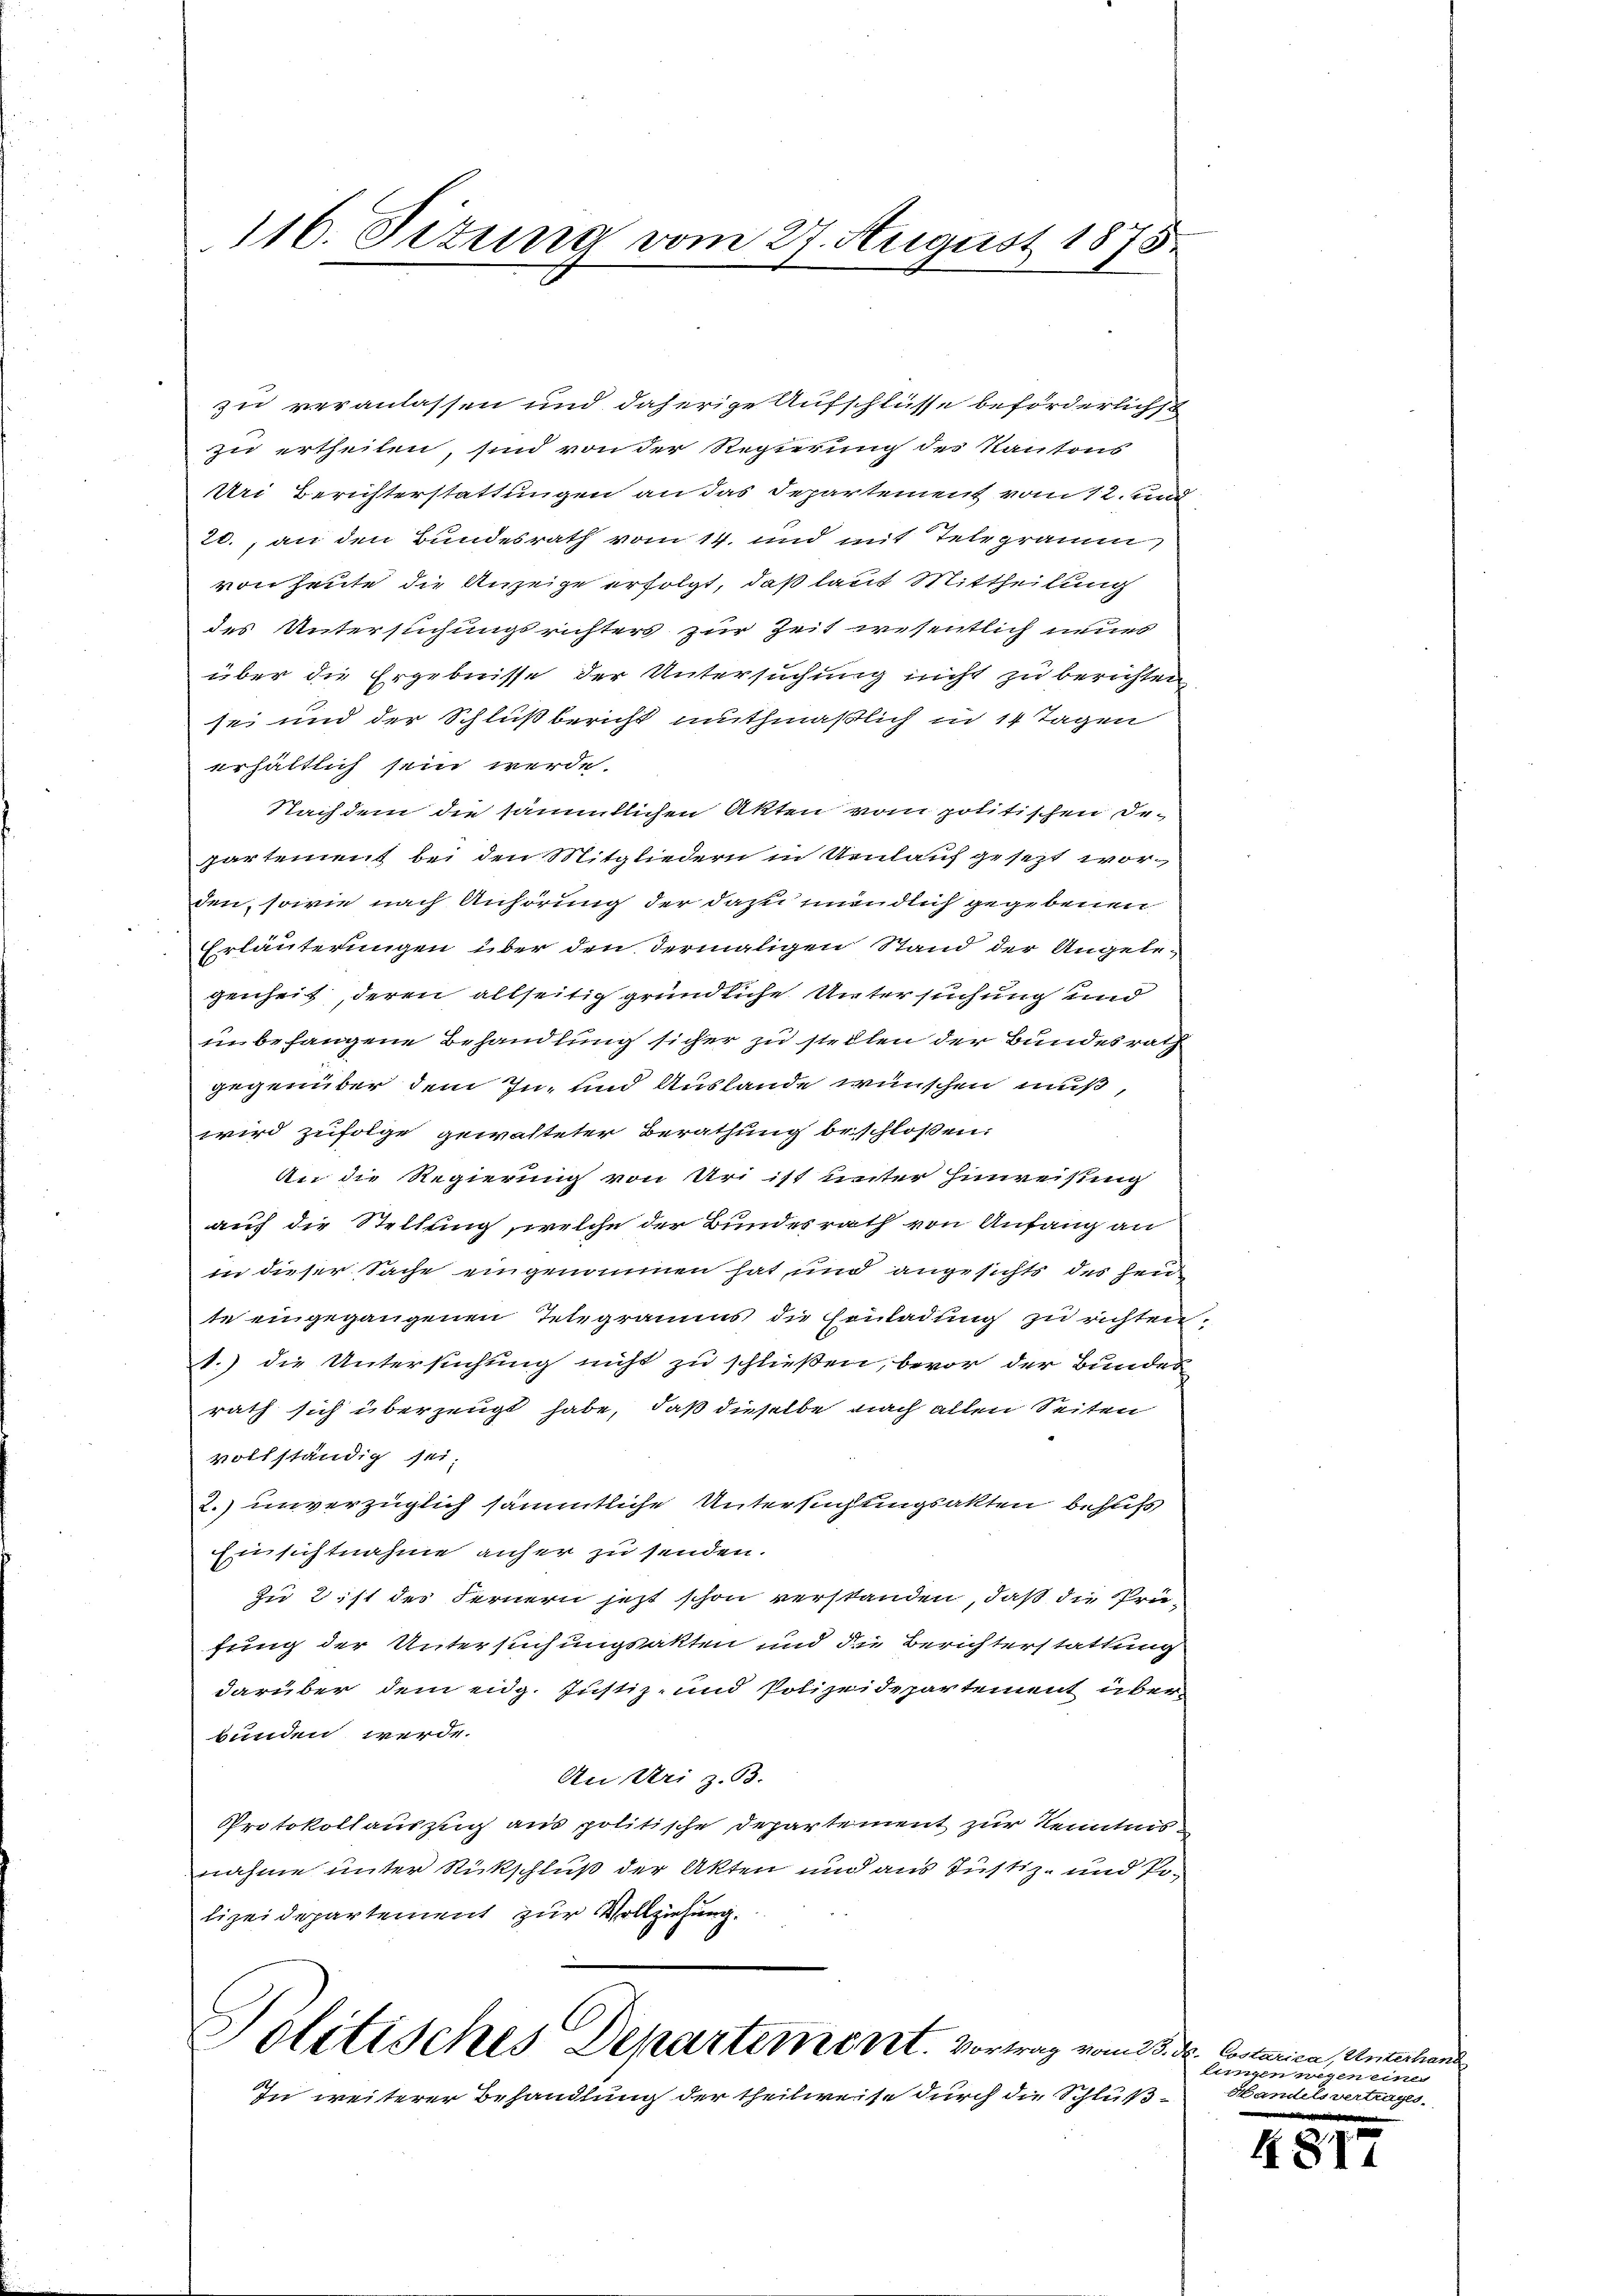
116. Situng vom 27. August 1875.

zu veranlassen und daherige Aufschlüsse beförderlichst
zu ertheilen, sind von der Regierung des Kantons
Uri Berichterstattungen an das Departement vom 12. und
20., an den Bundesrath vom 14. und mit Telegramm
von heute die Anzeige erfolgt, daß laut Mittheilung
des Untersuchungsrichters zur Zeit wesentlich neues
über die Ergebnisse der Untersuchung nicht zu berichten
sei und der Schlußbericht muthmaßlich in 14 Tagen
erhältlich sein werde.
Nachdem die sämmtlichen Akten vom politischen De-
partement bei den Mitgliedern in Ueulauf gesezt worden, sowie nach Anhörung der dazu unendlich gegebenen
Erläuterungen über den dermaligen Stand der Angele-
genheit, deren allseitig gründliche Untersuchung und
unbefangene Behandlung sicher zu stellen der Bundesrath
gegenüber dem In- und Auslande wünschen muß,
wird zufolge gewalteter Berathung beschloßen:
An die Regierung von Uri ist unter Hinweisung
auf die Stellung, welche der Bundesrath von Anfang an
in dieser Sache eingenommen hat, und angesichts des heite eingegangenen Telegramms die Einladung zu richten.
1.) die Untersuchung nicht zu schließen, bevor der Bunden
rath sich überzeugt habe, daß dieselbe nach allen Seiten
vollständig sei;
2. unverzüglich sämmtliche Untersuchtungsakten behufs
Einsichtnahme anher zu senden.
zu 2 ist des Fernern jetzt schon verstanden, daß die Prüfung der Untersuchungsakten und die Berichterstattung
darüber dem eidg. Justiz- und Polizeidepartement über
bunden werde.
An Uri z. B.
Protokollauszug aus politische Departement zur Kenntnis
nahme unter Rückschluß der Akten und aus Justiz- und Polizeidepartement zur Vollziehung.
Politisches Departement. Vortrag vom 23. Dr. Costarica, Unterhand
In weiterer Behandlung der theilweise durch die Schluß¬

lungen wegen eine
Handelsvertrages.

481